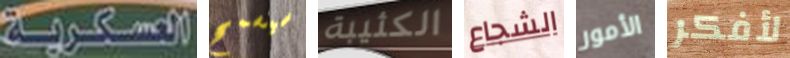
العسكرية سيسمح الكئيبة الشجاع الأمور لأفكر